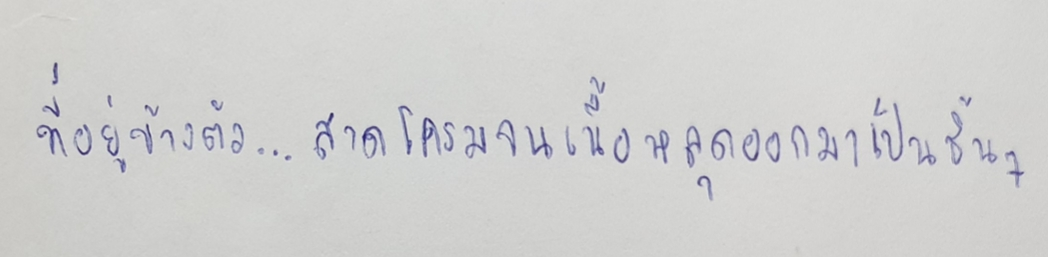
ที่อยู่ข้างตัว...สาดโครมจนเนื้อหลุดออกมาเป็นชิ้นๆ